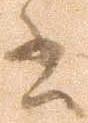
書